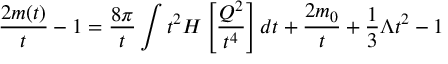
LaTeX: \frac { 2 m ( t ) } { t } - 1 = \frac { 8 \pi } { t } \int t ^ { 2 } H \left[ \frac { Q ^ { 2 } } { t ^ { 4 } } \right] d t + \frac { 2 m _ { 0 } } { t } + \frac { 1 } { 3 } \Lambda t ^ { 2 } - 1